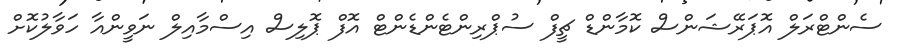
ސެންޓްރަލް އޮޕަރޭޝަންސް ކޮމާންޑް ޗީފް ސުޕްރިންޓެންޑެންޓް އޮފް ޕޮލިސް އިސްމާއިލް ނަވީންއާ ހަވާލުކޮށް